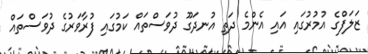
ޒަލަފްގެ އުމުރުގައި އައި އެންމެ ދަތި އުނދަގޫ ދުވަސްތައް ކަމުގައި ފުރާވަރުގެ ދުވަސްތައް